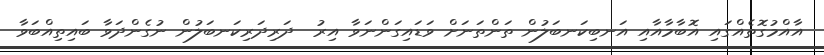
އާއްމުގޮތެއްގައި އޮބާމާއާއި އަނބިކަނބަލުން ތަންތަނަށް ވަޑައިގަންނަވާ އިރު  ދަރިދަރިކަނބަލުން ނުގެންދަވާ ބައިތިއްބަވާ